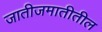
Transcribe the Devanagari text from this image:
जातीजमातीतील